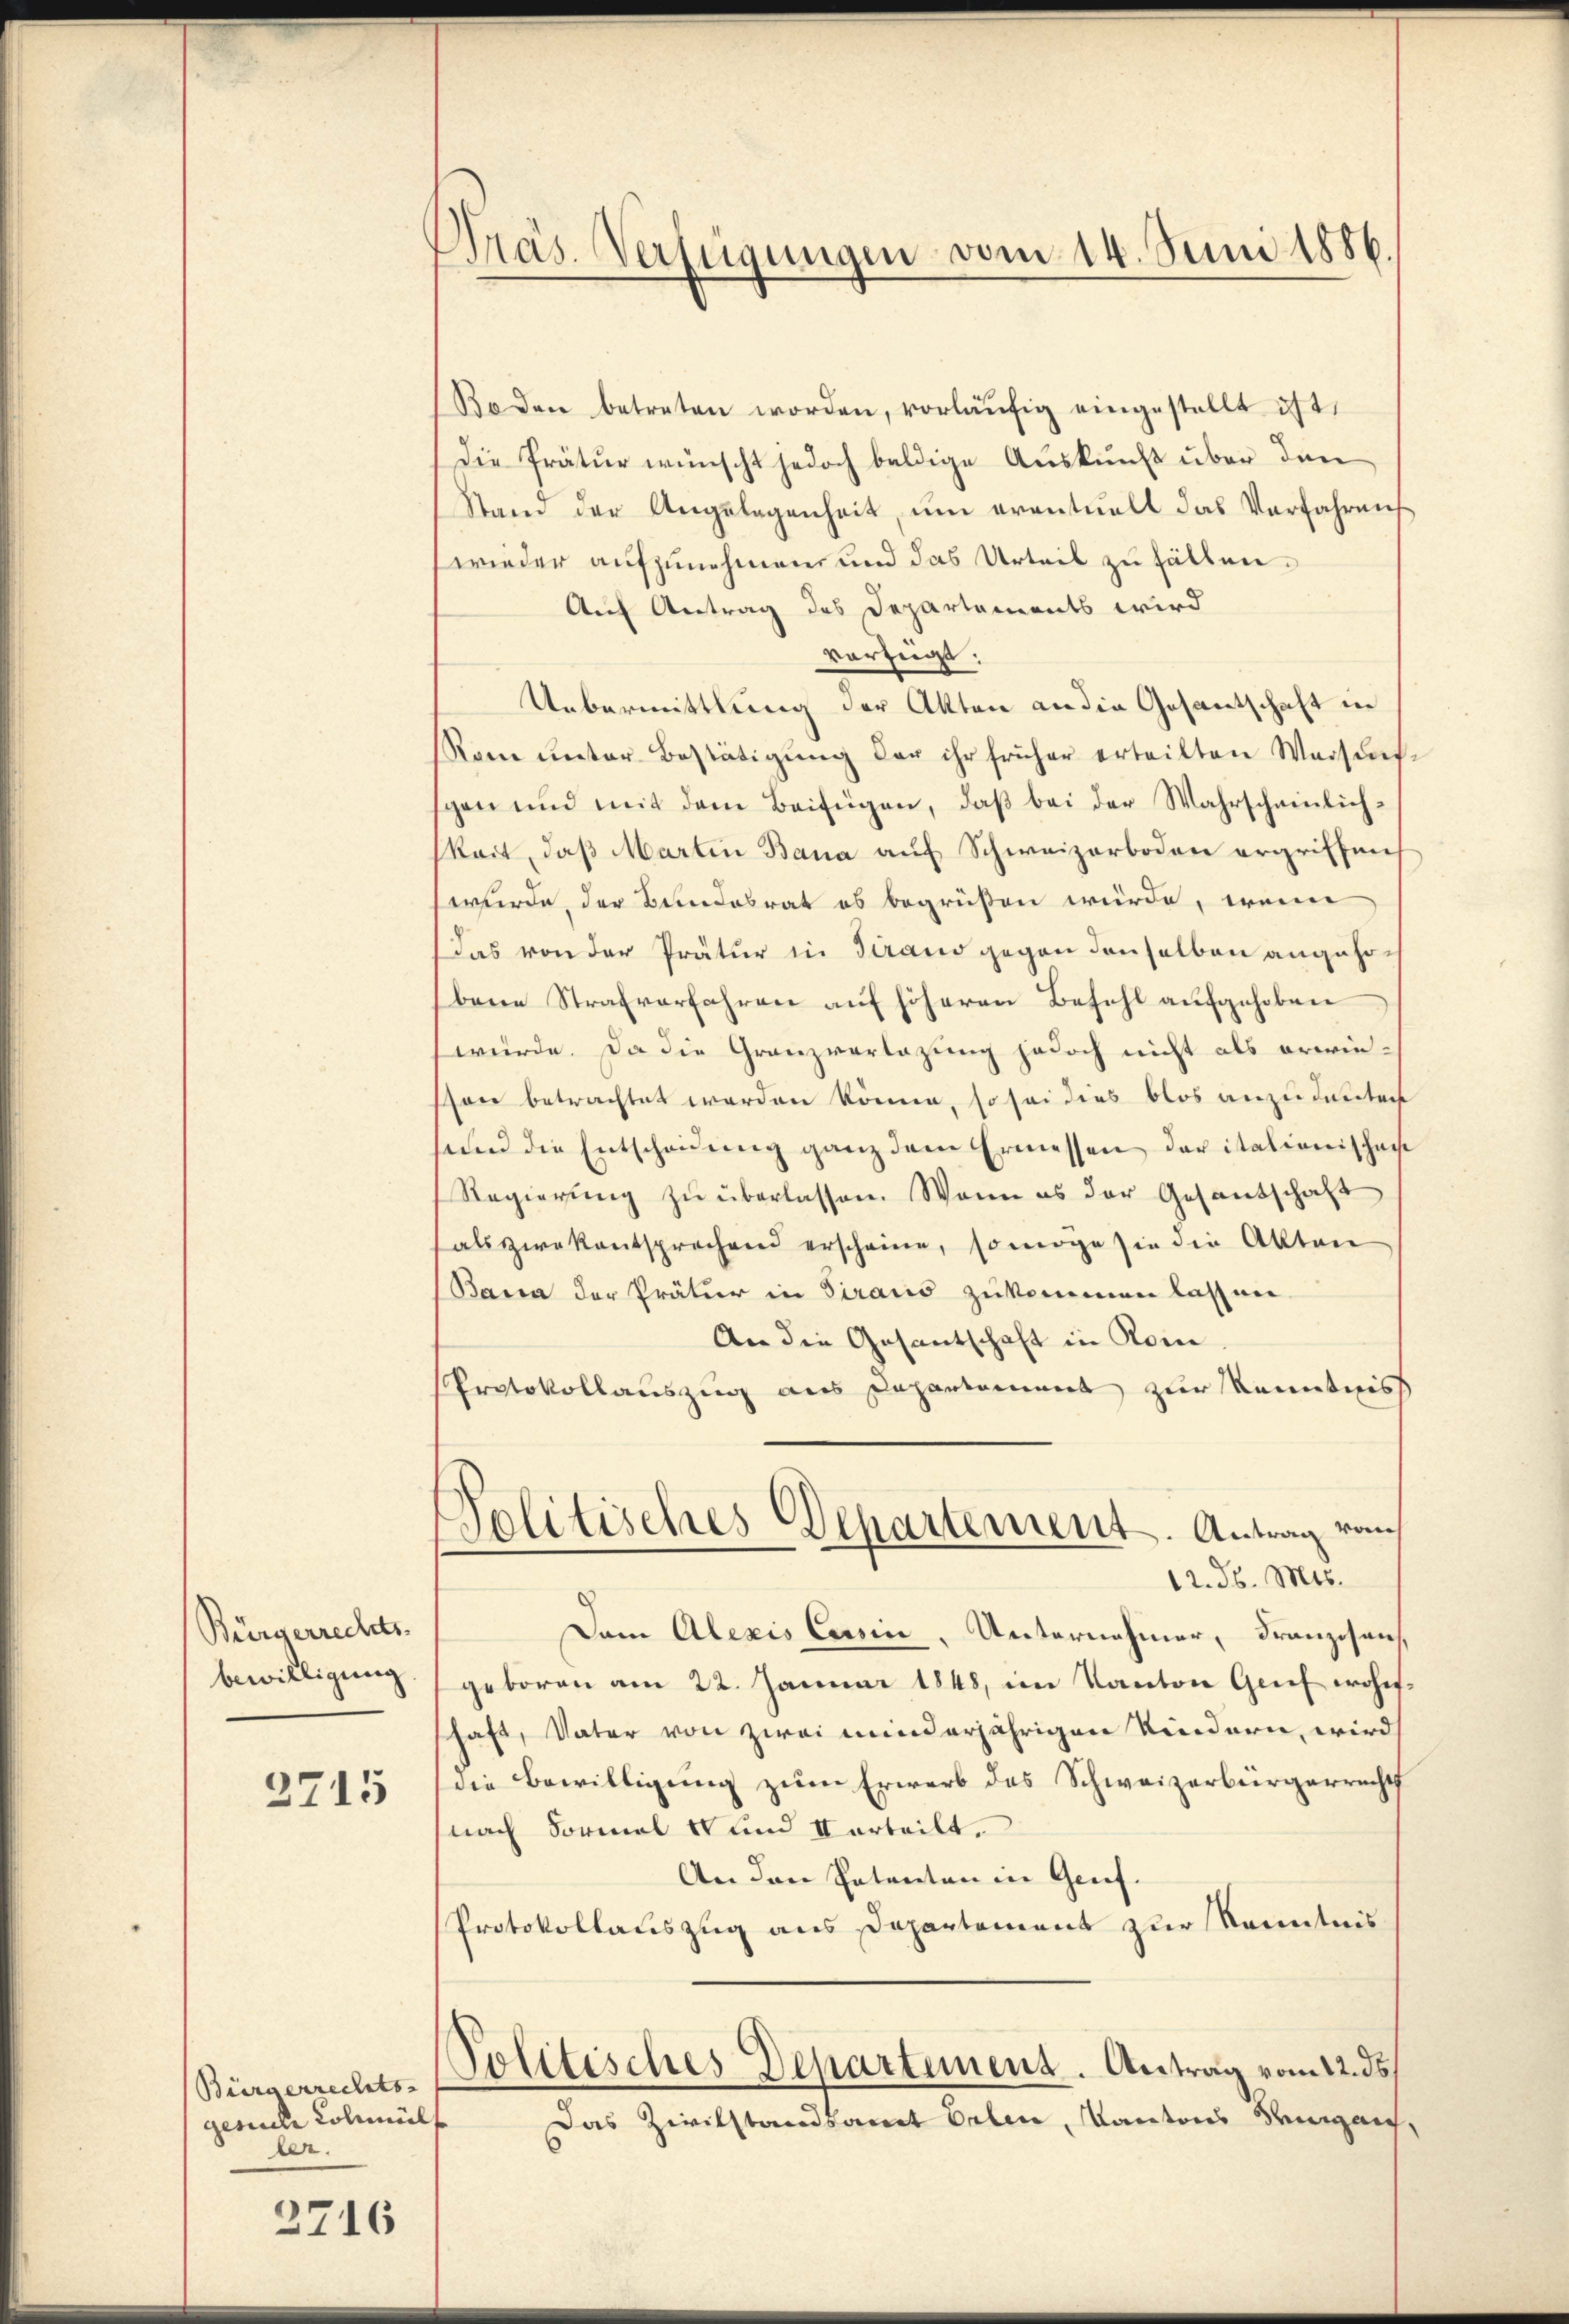
Bürgerrechts.
bewilligung

2715

Bürgerrechts- |
geriche Colmül
ber.

2716

Präs. Verfügungen vom 14. Juni 1886

Roden betreten worden, vorläŭfig eingestellt ist,
Die Prätŭr wünscht jedoch baldige Aŭskŭnft über den
Stain der Angelegenheit, um eventuell das Verfahren
wieder aufzunehmen und das Urteil zu fällen.
Auf Antrag des Departements wird
vorzüge:
Uebermittlung der Akten an die Gesantschaft in
Rom unter Bestätigŭng der ihr früher erteilten Weises
gen und mit dem Beifügen, daß bei der Wahrscheinlichskeit, daß Martin Bana auf Schweizerboden ergriffen
wurde, der Bundesrat es begrüßen würde, wenn
Das von der Prätur in Tirand gegen denselben angehe
bene Strafverfahren auf höheren Befehl aufgehoben
würde. Da die Granzverlagung jedoch nicht als erwiesson betrachtet werden könne, so sei dies blos anzudeuten
send die Entschauung ganz dem Ermessen der italienischaf
Regierŭng zŭ überlassen. Wenn es der Gesandschaft
als zwekentsprechend erscheine, so möge sie die Akten
Bana der Prätur in Siraus zukommen lassen.
An die Gesantschaft in Rom
Protokollauszug aus Departement zur Kenntnis
olitisches Departement. Antrag vom
12. d. Mts.
Dem Alexis Cassen, Unternehmer, Franzisen,
geboren am 22. Januar 1848, im Kanton Grief wohnschaft, Vater von zwei minderjährigen Kindern, wird
die Bewilligung zum Erwerb des Schweizerbürgerrechts
nach Formal u und Vorteilt.
An den Patenten in Genf.
Protokollauszug aus Departement zur Kenntnis
Politisches Departement. Antrag vom 12. ds.
Das Zivilstandsamt Erlen, Kantons Sengen,